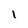
Character: l